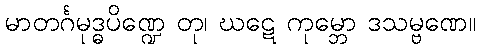
မာတင်္ဂမုဒ္ဓပိဏ္ဍေ တု၊ ဃဋေ ကုမ္ဘော ဒသမ္ဗဏေ။